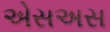
એસઅસ